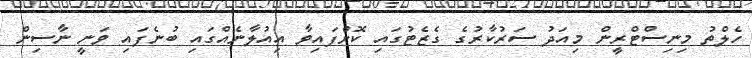
ހެލްތު މިނިސްޓްރީން މިއަދު ސަރުކާރުގެ ގެޒެޓުގައި ކޮށްފައިވާ އިއުލާނެއްގައި ބުނެފައި ވަނީ ނާސިން